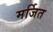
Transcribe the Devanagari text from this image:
मर्जित